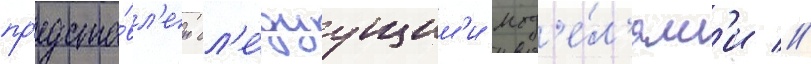
пр'едста́вл'ен сл'е́дуущим'и мод'е́л'ям'и //